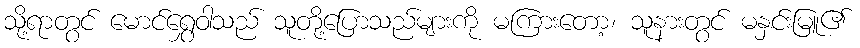
သို့ရာတွင် မောင်ရွှေဝါသည် သူတို့ပြောသည်များကို မကြားတော့၊ သူနားတွင် မနှင်းမြူ၏